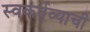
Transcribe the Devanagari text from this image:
स्वकर्तव्याची